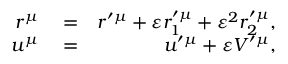
\begin{array} { r l r } { r ^ { \mu } } & { { } = } & { r ^ { \prime \mu } + \varepsilon r _ { 1 } ^ { \prime \mu } + \varepsilon ^ { 2 } r _ { 2 } ^ { \prime \mu } , } \\ { u ^ { \mu } } & { { } = } & { u ^ { \prime \mu } + \varepsilon V ^ { \prime \mu } , } \end{array}